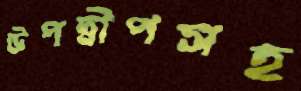
উপদ্বীপসহ